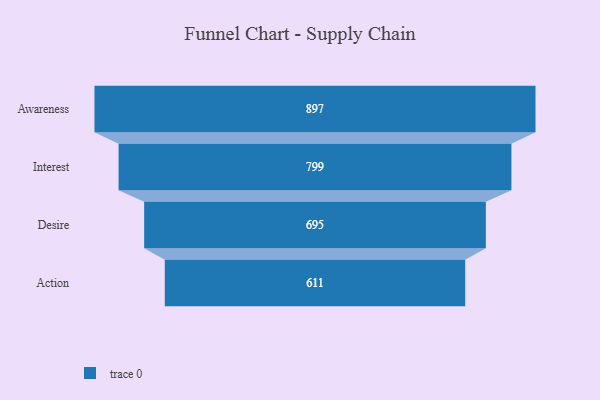
{"axis": {"x": "Stage", "y": "Value"}, "legend": [""], "data": [{"x": "Awareness", "y": 897.0, "type": ""}, {"x": "Interest", "y": 799.0, "type": ""}, {"x": "Desire", "y": 695.0, "type": ""}, {"x": "Action", "y": 611.0, "type": ""}]}